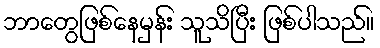
ဘာတွေဖြစ်နေမှန်း သူသိပြီး ဖြစ်ပါသည်။